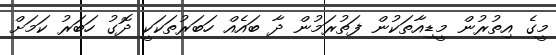
މީގެ އިތުރުން މީޑިއާތަކުން ފަތުރަމުން ދާ ބައެއް ހަބަރުތަކަކީ ދޮގު ހަބަރު ކަމަށް